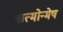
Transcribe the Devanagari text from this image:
आत्मोन्मेष